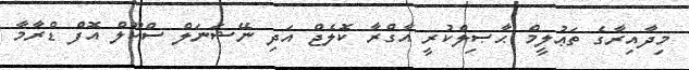
މިދާއިރާގެ ތަޢުލީމް ޙާޞިލްކުރީ އާގްރާ ކޮލެޖް އަދި ނޭޝަނަލް ސްކޫލް އޮފް ޑްރާމާ